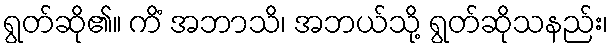
ရွတ်ဆို၏။ ကိံ အဘာသိ၊ အဘယ်သို့ ရွတ်ဆိုသနည်း၊